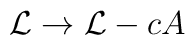
{\cal{L}}  \to  {\cal{L}} -cA